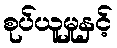
စုပ်ယူမှုနှင့်